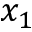
x _ { 1 }